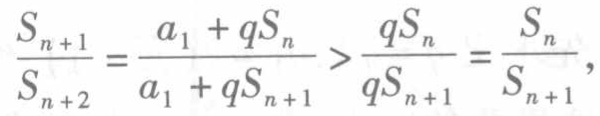
$\frac{S_{n + 1}}{S_{n + 2}} = \frac{a_1 + qS_n}{a_1 + qS_{n + 1}} > \frac{qS_n}{qS_{n + 1}} = \frac{S_n}{S_{n + 1}},$